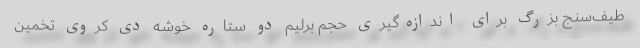
طیف‌سنج بزرگ برای اندازه‌گیری حجم برلیم دو ستارهٔ خوشه دی کروی تخمین